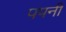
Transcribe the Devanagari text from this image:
पपनी